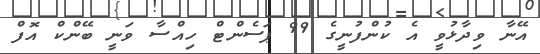
އޭނާ ވިދާޅުވީ އެ ކުންފުނީގެ 99 ޕަސެންޓް ހިއްސާ ވަނީ ބޭންކް އޮފް